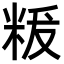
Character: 𮇚